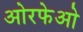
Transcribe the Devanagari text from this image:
ओरफेओ